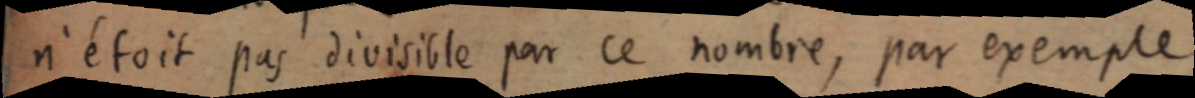
n’étoit pas divisible par ce nombre, par exemple